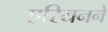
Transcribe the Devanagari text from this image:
एरियनने